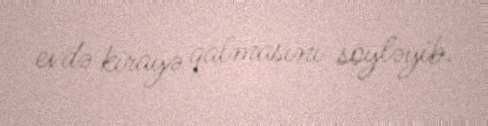
evdə kirayə qalmasını söyləyib.